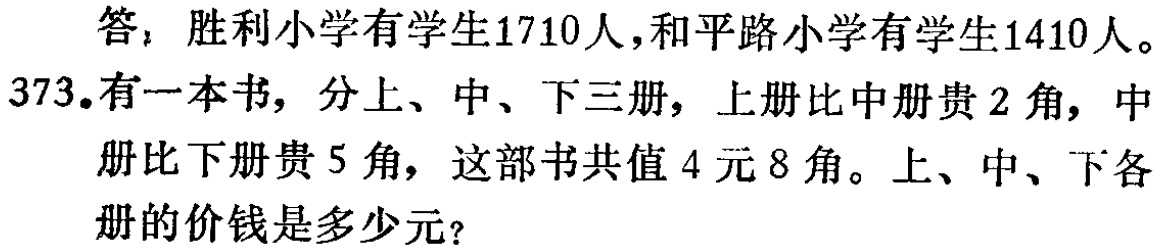
答：胜利小学有学生1710人，和平路小学有学生1410人。
373.有一本书，分上、中、下三册，上册比中册贵2角，中册比下册贵5角，这部书共值4元8角。上、中、下各册的价钱是多少元？